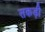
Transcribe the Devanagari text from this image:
सकड़ी